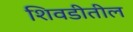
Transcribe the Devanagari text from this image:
शिवडीतील